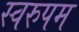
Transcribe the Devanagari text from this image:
स्वरुपम